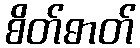
စိတ်ဓာတ်